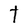
Character: T